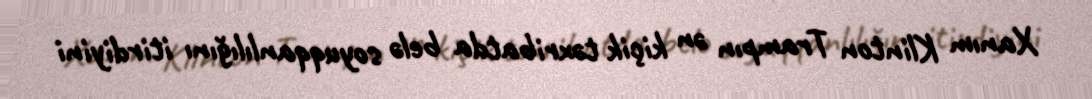
Xanım Klinton Trampın ən kiçik təxribatda belə soyuqqanlılığını itirdiyini